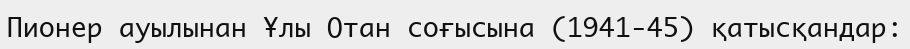
Пионер ауылынан Ұлы Отан соғысына (1941-45) қатысқандар: